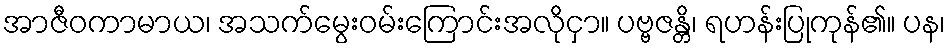
အာဇီဝကာမာယ၊ အသက်မွေးဝမ်းကြောင်းအလိုငှာ။ ပဗ္ဗဇန္တိ၊ ရဟန်းပြုကုန်၏။ ပန၊